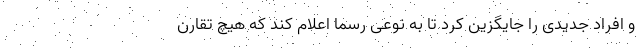
و افراد جدیدی را جایگزین کرد تا به نوعی رسما اعلام کند که هیچ تقارن